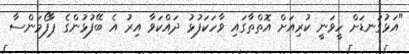
"އަޅުގަނޑަށް ހީވަނީ ކުރިއަށް އޮތްތާގައި ވާހަކަފުޅު ދައްކަވާ އިރު އެ ބޭފުޅުންގެ ޕާފޯމަންސާ